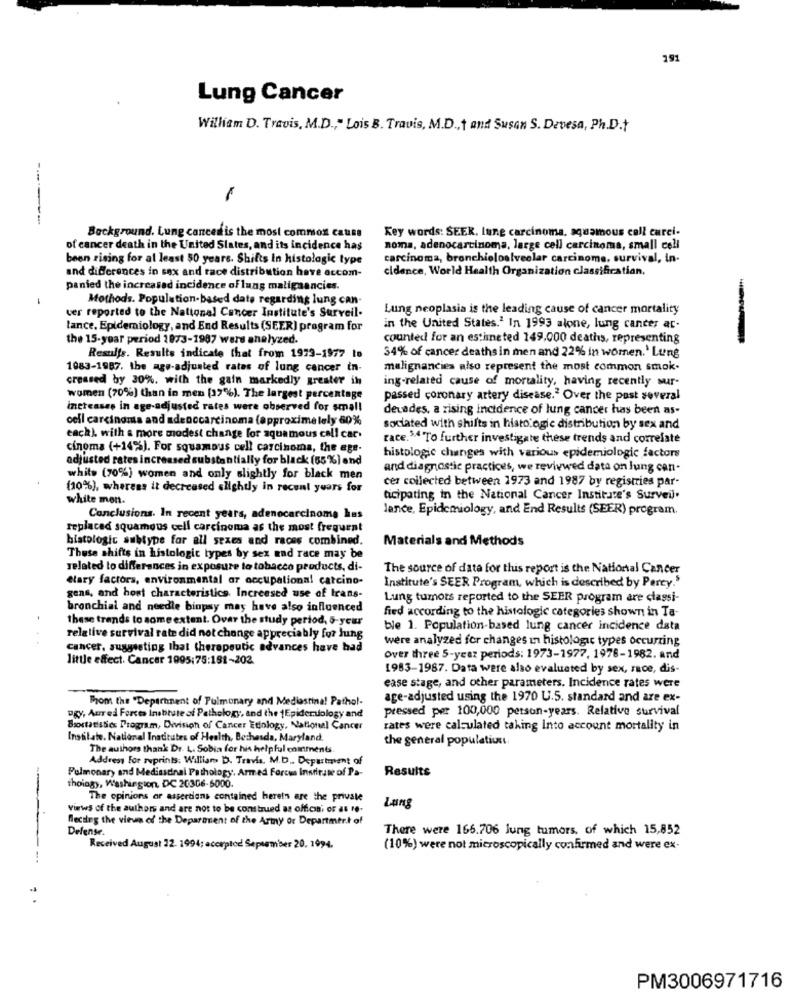
191
Lung Cancer
William D. Travis, M.D ., " Lois B. Travis, M.D ., t and Susan S. Devesa, Ph.D.t
-------
Key words: SEER. lung carcinoma, squamous cell curci-
Background. Lung canceris the most common cause
of cancer death in the United States, and its incidence has
noma, adenocarcinoma, large cell carcinoma, small cell
been rising for at least 50 years. Shifts In histologic type
carcinoma, bronchioloalveolar carcinome, survival, in-
cidence, World Health Organization classificatian.
and differences in sex and race distribution have accom-
panied the increased incidence of lung malignancies.
Mothods. Population-based date regarding lung can-
ver reported to the National Cancer Institute's Surveil-
Lung neoplasia is the leading cause of cancer mortality
lance, Epidemiology, and End Results (SEER) program for
in the United States.' In 1993 alone, lung cancer ac-
the 15-year period 1873-1987 were analyzed.
counted for an estimated 149,000 deaths, representing
34% of cancer deaths in men and 22% in women.' Lung
Results. Results indicate that from 1973-1977 to
1083-1987. the age-adjusted rates of lung cancer in-
malignancies also represent the most common smok.
creased by 30%. with the gain markedly greater in
ing-related cause of mortality, having recently sur-
women (70%) than in men [39%). The largest percentage
passed coronary artery disease.2 Over the past several
increases in age-adjusted rates were observed for small
devades, a rising incidence of lung cancer has been as-
cell carcinoma and adenocarcinoma (approxime lely 60%
sociated with shifts in histo.ogic distribution by sex and
each). with a more modest change for squamous call car.
race.54 To further investigate these trends and correlate
cinoma (+14%). For squamous cell carcinoma, the age-
adjusted rates increased substantially for black (55%) and
histologic changes with various epidemiologic factors
and diagnostic practices, we reviewed data on lung can-
white (70%) women and only slightly for black men
cer collected between 1973 and 1987 by registries par-
(10%), whereas it decreased slightly in recent years for
white mon.
acipating in the National Cancer Institute's Surveil.
lance, Epidemiology, and End Results (SEER) program.
Conclusions. In recent years, adenocarcinoma has
replaced squamous cell carcinoma as the most frequent
histologic subtype for all sexes and races combined.
Materials and Methods
These shifts in histologic types by sex and race may be
related to differences in exposure to tobacco products, di-
The source of data for this report is the National Cancer
etary factors, environmental ar occupational carcino-
Institute's SEER Program, which is described by Percy.5
gens, and host characteristics Increesed use of trans-
Lung tumots reported to the SEER program are classi-
bronchial and needle binpsy may have also influenced
fied according to the histologic categories shown in Ta-
thase trands to some extent. Over the study period, 5-year
ble 1. Population-based lung cancer incidence data
...
relative survival rate did not change appreciably for Jung
were analyzed for changes in histologic types occurring
Cancer, suggesting that therapeutic advances have had
little effect. Cancer 1995:75:181-202.
Over three 5-year periods: 1973-1977, 1978-1982. and
1983-1987. Data were also evaluated by sex, race, dis-
ease stage, and other parameters. Incidence rates were
From the "Department of Pulmonary and Mediastina! Pathol-
age-adjusted using the 1970 U.S. standard and are ex-
pressed per 100,000 person-years. Relative survival
egy, Aured Forces inabtute of Pathology, and the 1Epidemiology and
Boxstatistics Program, Division of Cancer Etiology, National Cancer
rates were calculated taking Into account mortality in
Insalate. National Institutes of Health, Bethesda, Maryland.
the general population.
The authors thank Dr. L. Sobin for his helpful comments.
Address For reprints: Williams D. Travis, M.D ., Department of
Pulmonary and Mediastinal Pathology. Armed Forces Institute of Pa-
Results
thoiagy, Washington, DC 20306-6000.
The opinions or asserdans contained herein are the private
views of the authors and are not to be construed as officin; or as re-
Lung
flecting the virus of the Deparment of the Army or Department of
Defense.
There were 166.706 Jung tumors, of which 15,852
Received August 32. 1994; accepted September 20, 1994.
(10%) were not microscopically confirmed and were ex-
PM3006971716